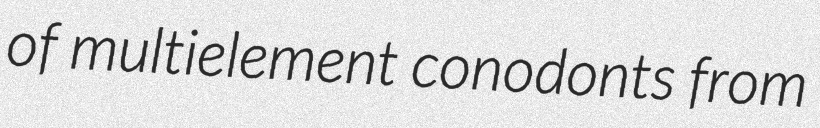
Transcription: of multielement conodonts from